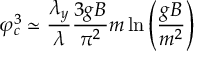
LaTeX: \varphi _ { c } ^ { 3 } \simeq \frac { \lambda _ { y } } { \lambda } \frac { 3 g B } { \pi ^ { 2 } } m \ln \left( \frac { g B } { m ^ { 2 } } \right)